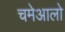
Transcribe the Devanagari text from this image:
चमेआलो